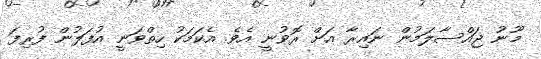
މޫނު ޖައްސާލަމުން ނައިރާ އަށް ރޮވުނީ އެވެ. އެކަމަކު ހިތްވަނީ އުފަލުން ފުރިފަ